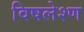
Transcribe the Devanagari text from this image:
विषलेश्ण